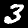
Label: 3